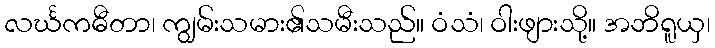
လင်္ဃကဓီတာ၊ ကျွမ်းသမား၏သမီးသည်။ ဝံသံ၊ ဝါးဖျားသို့။ အဘိရူယှ၊